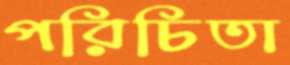
পরিচিতা